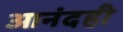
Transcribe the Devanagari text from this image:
आनंदही